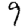
Digit: 9